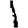
Digit: 1